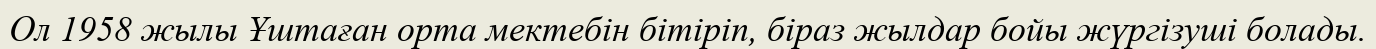
Ол 1958 жылы Ұштаған орта мектебін бітіріп, біраз жылдар бойы жүргізуші болады.